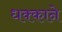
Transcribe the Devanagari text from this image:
धक्काने